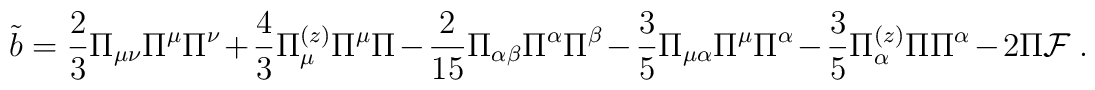
{\tilde b} = \frac{2}{3}\Pi_{\mu\nu}\Pi^\mu\Pi^\nu+\frac{4}{3}\Pi_\mu^{(z)}\Pi^\mu    \Pi-\frac{2}{15}\Pi_{\alpha\beta}\Pi^\alpha\Pi^\beta   -\frac{3}{5}\Pi_{\mu\alpha}\Pi^\mu\Pi^\alpha-\frac{3}{5}\Pi_\alpha^{(z)}   \Pi\Pi^\alpha-2\Pi {\cal F}\ .